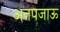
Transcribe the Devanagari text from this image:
अनपजाऊ